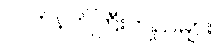
လက်နက်ကြီးကျည်များ